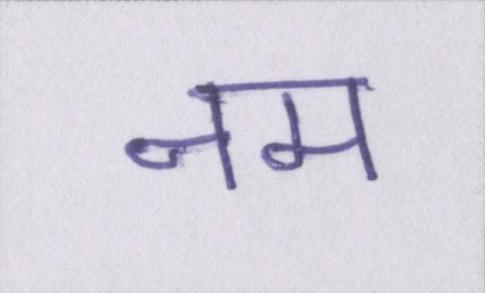
नम